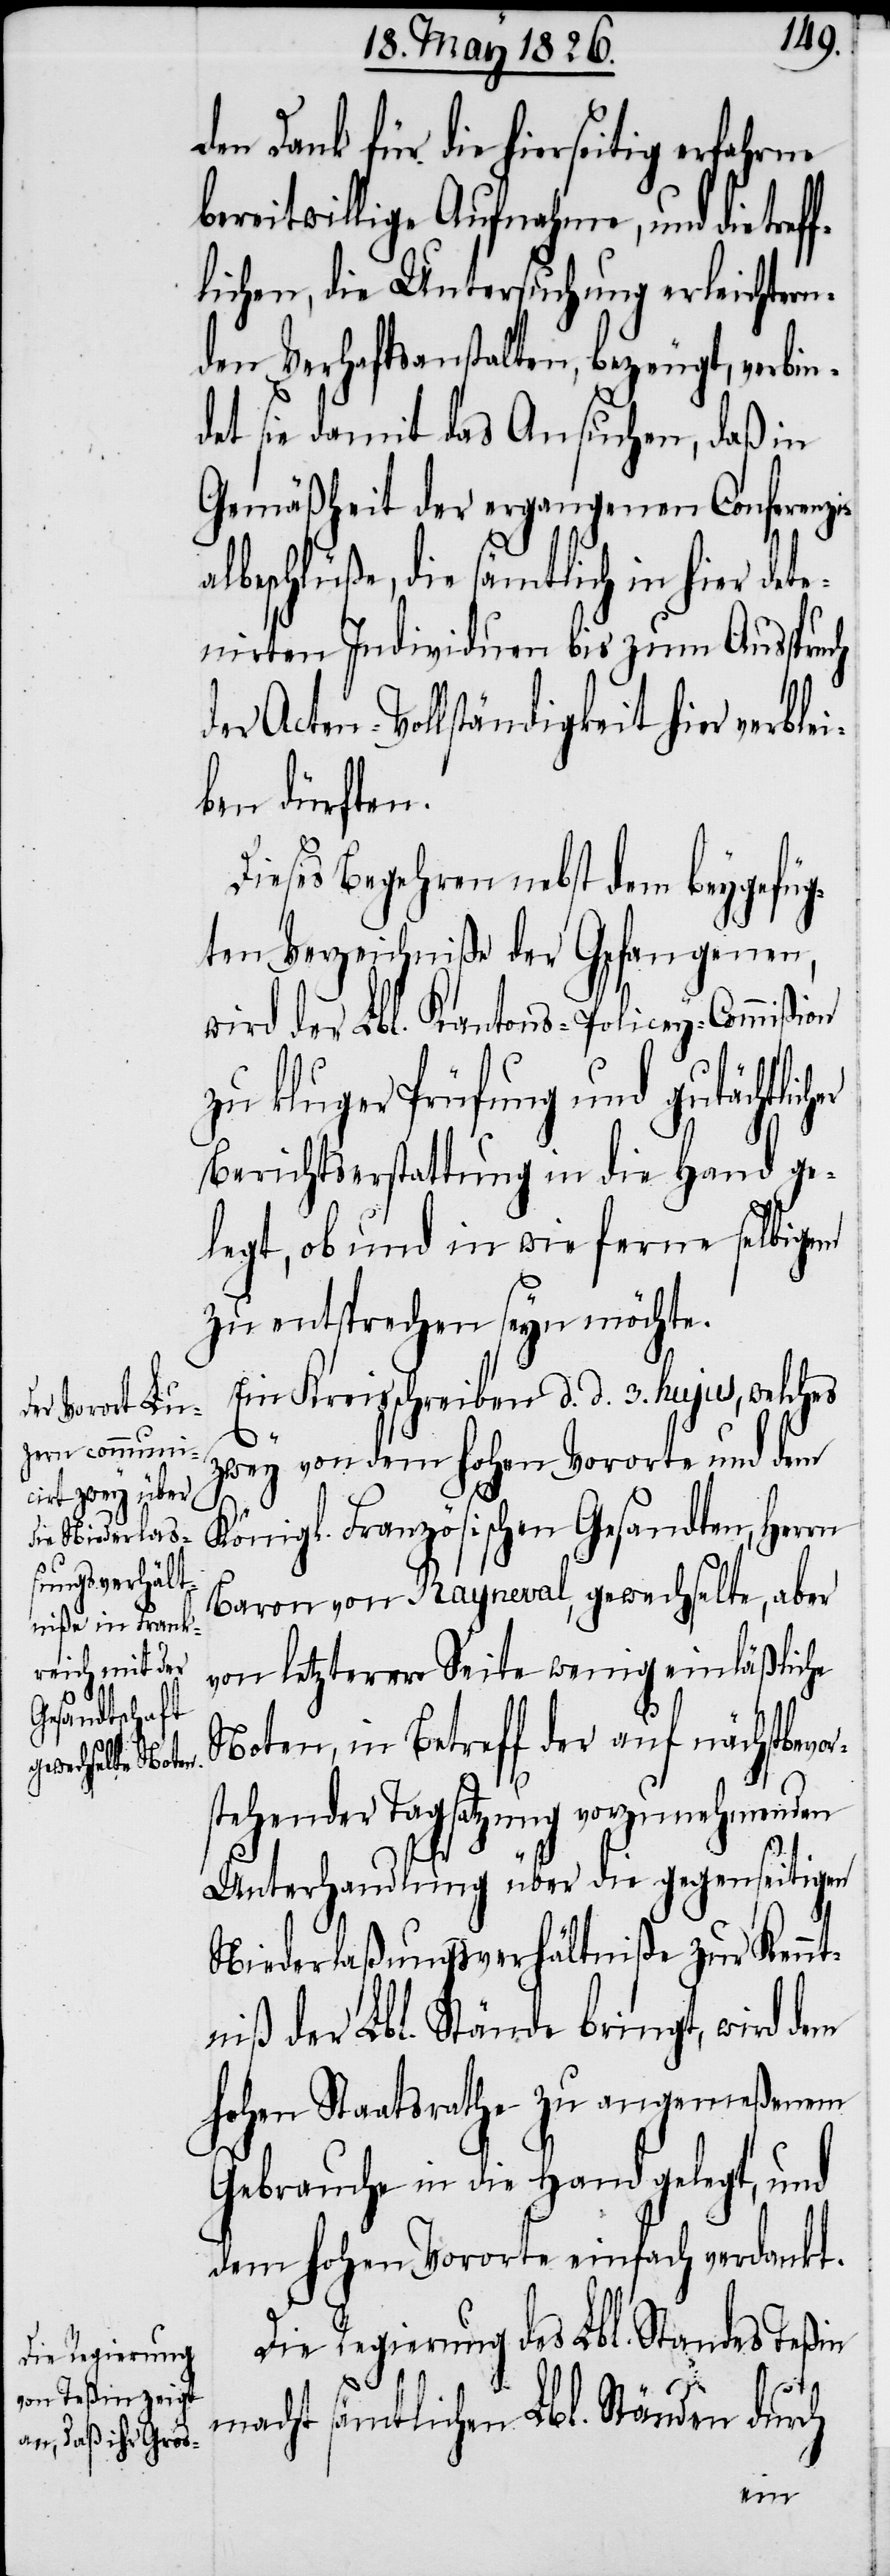
r¬

Ein Kreisschreiben d. d. 3. hujus, welches
zwey von dem hohen Vororte und dem
Königl. Französischen Gesandten, Herrn
Baron von Rayneval, gewechselte, aber
von letzterer Seite wenig einläßliche
Noten, in Betreff der auf nächstbevo¬
stehender Tagsatzung vorzunehmenden
Unterhandlung über die gegenseitigen
Niederlaßungsverhältniße zur Kennt¬
niß der Lbl. Stände bringt, wird dem
hohen Staatsrathe zu angemeßenem
Gebrauche in die Hand gelegt, und
dem hohen Vororte einfach verdankt.
Die Regierung des Lbl. Standes Teßin
macht sämtlichen Lbl. Ständen durch